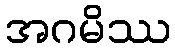
အဂမိဿ